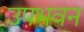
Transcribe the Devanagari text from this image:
उपभवन